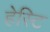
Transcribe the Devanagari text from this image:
हेस्टि